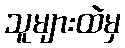
သူများထဲမှ